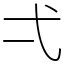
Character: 弌